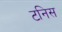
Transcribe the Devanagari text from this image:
टनिस